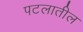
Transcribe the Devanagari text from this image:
पटलातील